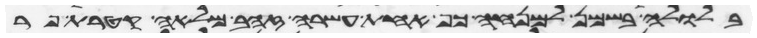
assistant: בלולה בשמן למנחה כף אחת עשרה זהב מלאה קטרת פר